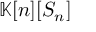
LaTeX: \mathbb { K } [ n ] [ S _ { n } ]